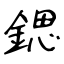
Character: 鍶